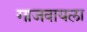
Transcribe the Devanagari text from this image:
गाजवायला